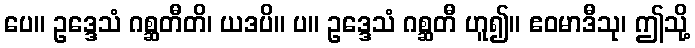
ပေ။ ဥဒ္ဒေသံ ဂစ္ဆတီတိ၊ ယဒပိ။ ပ။ ဥဒ္ဒေသံ ဂစ္ဆတီ ဟူ၍။ ဧဝမာဒီသု၊ ဤသို့